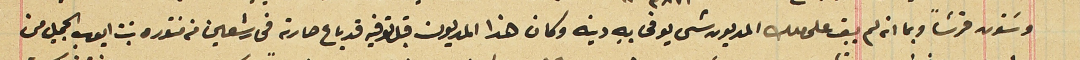
وسَتون قرشاً وبما انه لم يبق على ملك المديون شى يوفى بهِ دينه وكان هذا المديون قبل توفيه قد باع حارته فى رشعين من منتوره بنت ايوب الجميل من